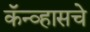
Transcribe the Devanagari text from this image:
कॅन्व्हासचे